Code of medical and sanitary regulations for the guidance of medical officers serving in the Madras Presidency - Volume II
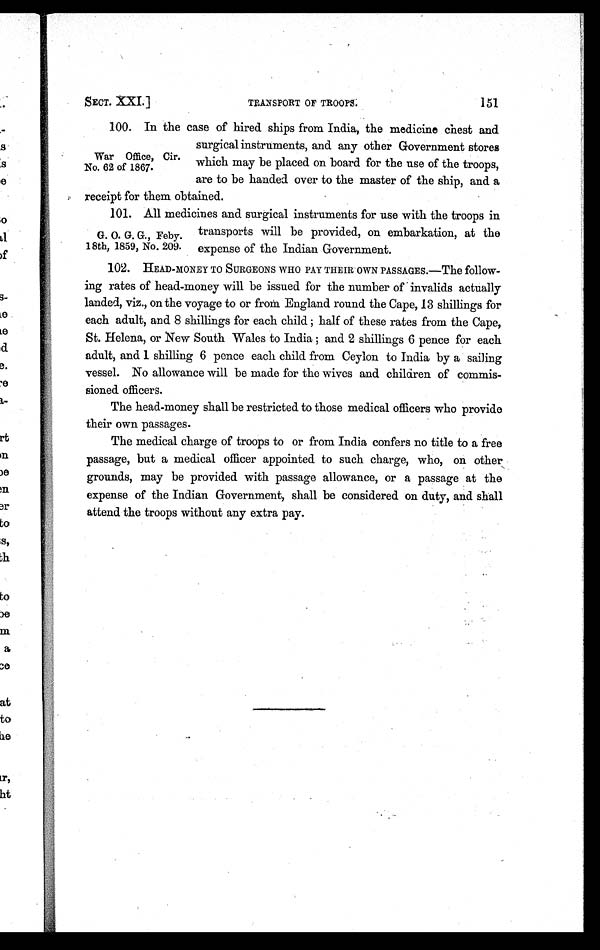
SECT. XXI.] TRANSPORT OF TROOPS. 151
100.
In the case of hired ships from India, the medicine chest and
surgical instruments, and any other Government stores
which may be placed on board for the use of the troops,
are to be handed over to the master of the ship, and a
receipt for them obtained.
101.
All medicines and surgical instruments for use with the troops in
transports will be provided, on embarkation, at the
expense of the Indian Government.
102.
HEAD-MONEY TO SURGEONS WHO PAY THEIR OWN PASSAGES.—The follow-
ing rates of head-money will be issued for the number of invalids actually
landed, viz., on the voyage to or from England round the Cape, 13 shillings for
each adult, and 8 shillings for each child; half of these rates from the Cape,
St. Helena, or New South Wales to India; and 2 shillings 6 pence for each
adult, and 1 shilling 6 pence each child from Ceylon to India by a sailing
vessel. No allowance will be made for the wives and children of commis-
sioned officers.
The head-money shall be restricted to those medical officers who provide
their own passages.
The medical charge of troops to or from India confers no title to a free
passage, but a medical officer appointed to such charge, who, on other,
grounds, may be provided with passage allowance, or a passage at the
expense of the Indian Government, shall be considered on duty, and shall
attend the troops without any extra pay.
War Office, Cir.
No. 62 of 1867.
G. O. G. G., Feby.
18th, 1859, No. 209.